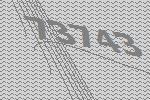
73743